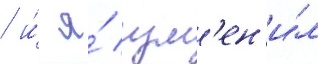
/ и́ я́ изм'ен'и́л